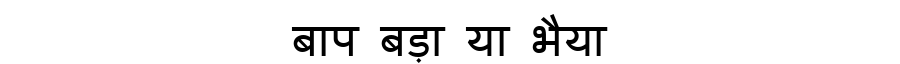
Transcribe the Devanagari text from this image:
बाप बड़ा या भैया